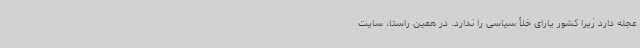
عجله دارد زیرا کشور یارای خلأ سیاسی را ندارد. در همین راستا، سایت